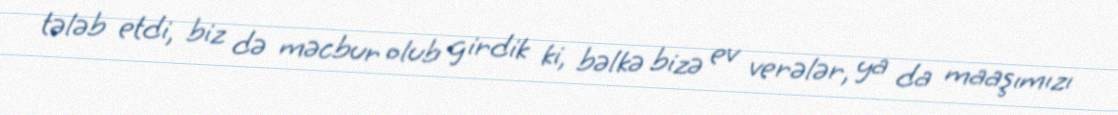
tələb etdi, biz də məcbur olub girdik ki, bəlkə bizə ev verələr, ya da maaşımızı